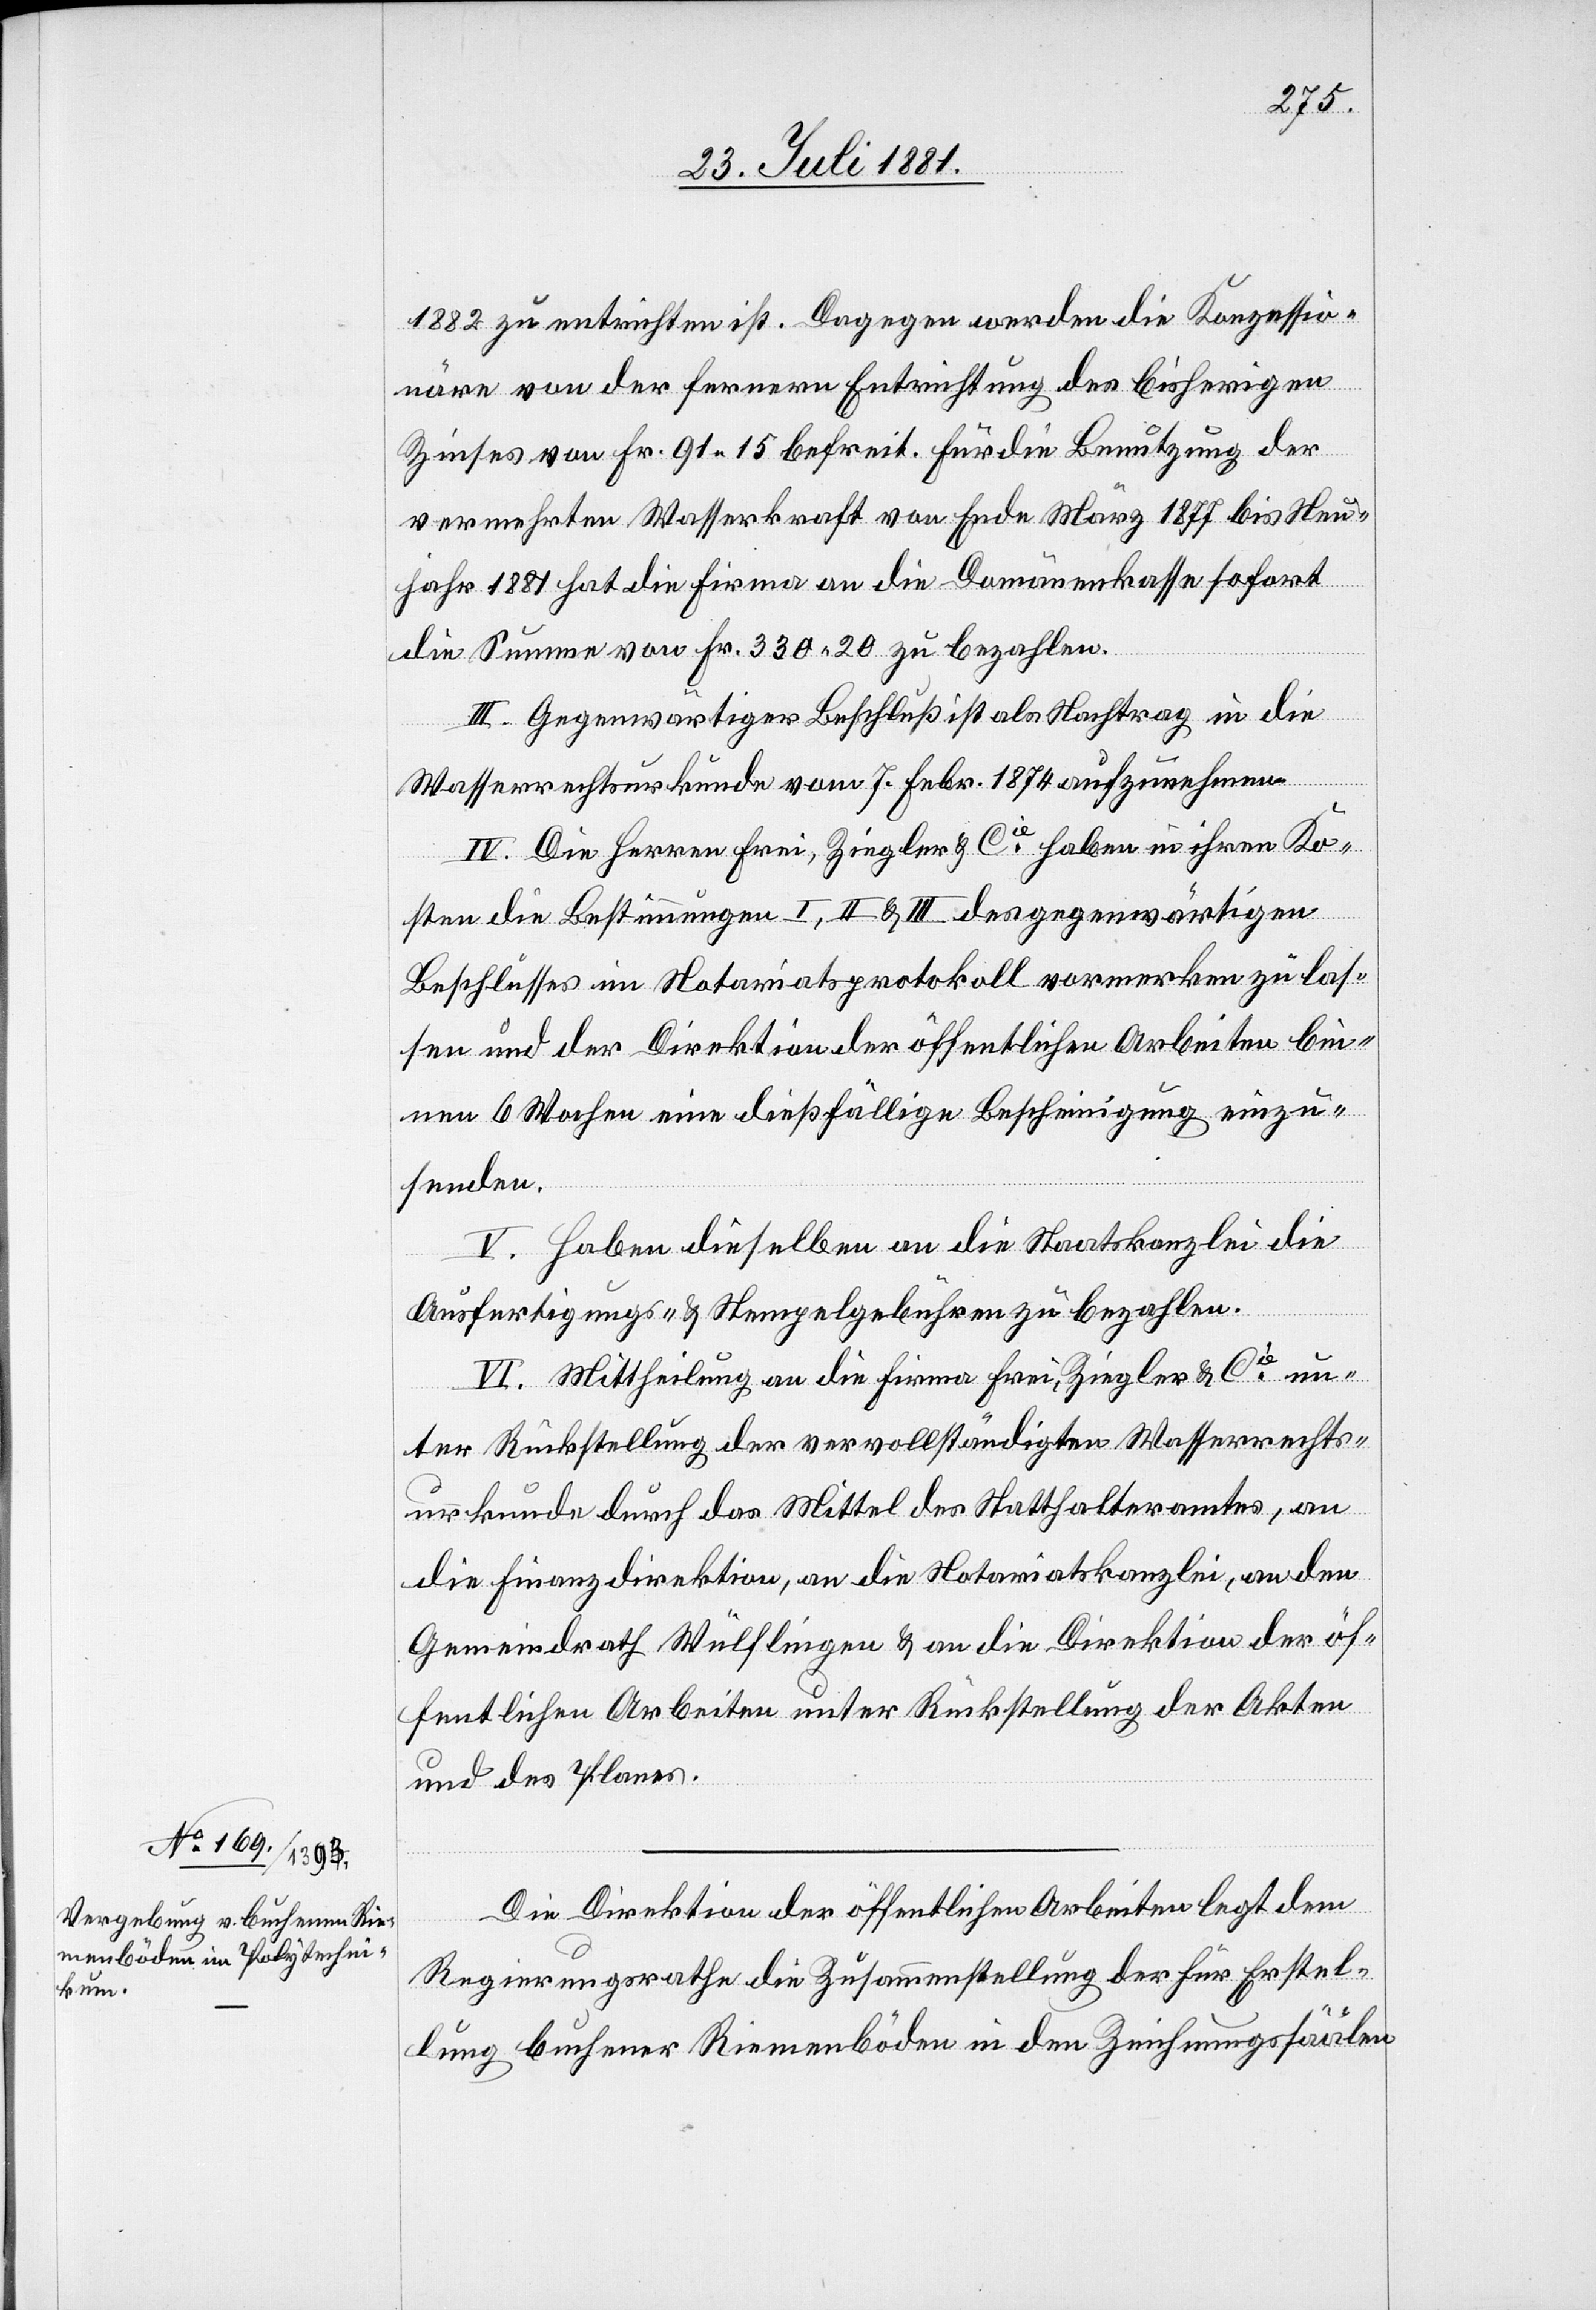
1882 zu entrichten ist. Dagegen werden die Konzessio¬
näre von der fernern Entrichtung des bisherigen
Zinses von Fr. 91 15 befreit. Für die Benutzung der
vermehrten Wasserkraft von Ende März 1877 bis Neu¬
jahr 1881 hat die Firma an die Domänenkasse sofort
die Summe von Fr. 330 20 zu bezahlen.
III. Gegenwärtiger Beschluß ist als Nachtrag in die
Wasserrechtsurkunde vom 7. Febr. 1874 aufzunehmen.
IV. Die Herren Frei, Ziegler & Cie haben in ihren Ko¬
sten die Bestimmungen I, II & III des gegenwärtigen
Beschlusses im Notariatsprotokoll vormerken zu las¬
sen und der Direktion der öffentlichen Arbeiten bin¬
nen 6 Wochen eine dießfällige Bescheinigung einzu¬
senden.
V. Haben dieselben an die Staatskanzlei die
Ausfertigungs- & Stempelgebühren zu bezahlen.
VI. Mittheilung an die Firma Frei, Ziegler & Cie un¬
ter Rückstellung der vervollständigten Wasserrechts¬
urkunde durch das Mittel des Statthalteramtes, an
die Finanzdirektion, an die Notariatskanzlei, an den
Gemeindrath Wülflingen & an die Direktion der öf¬
fentlichen Arbeiten unter Rückstellung der Akten
und des Planes.
Die Direktion der öffentlichen Arbeiten legt dem
Regierungsrathe die Zusammenstellung der für Erstel¬
lung buchener Riemenböden in den Zeichnungssäälen